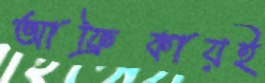
আফ্রিকায়ই